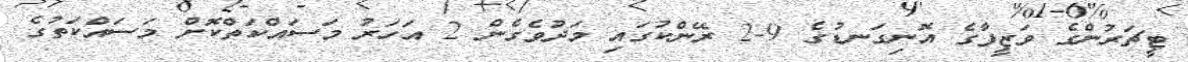
ޓީޗަރުންގެ ވަޒީފާގެ އޮނިގަނޑުގެ 9-2 ރޭންކުގައި މަދުވެގެން 2 އަހަރު މަސައްކަތްކޮށް މަސައްކަތުގެ